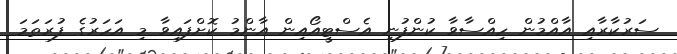
ސަރުކާރާއި އާއްމުން ހިއްސާވާ ކުންފުނި އެސްޓީއޯއިން އާންމު ކޮށްފައިވާ މި އަހަރުގެ ފުރަތަމަ